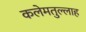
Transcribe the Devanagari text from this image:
कलेमतुल्लाह